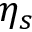
\eta _ { s }